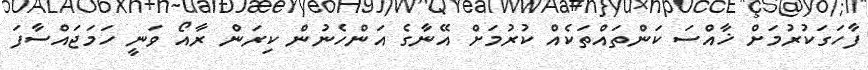
ފާހަގަކުރުމަށް ޚާއްސަ ކަންތައްތަކެއް ކުރުމަށް އޭނާގެ އަންހެނުން ކިރަން ރާއޯ ވަނީ ހަމަޖައްސާފަ